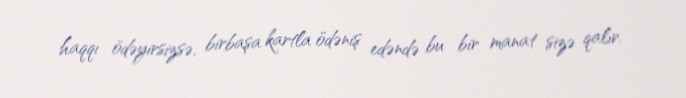
haqqı ödəyirsizsə, birbaşa kartla ödəniş edəndə bu bir manat sizə qalır.